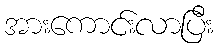
အားကောင်းလာပြီး